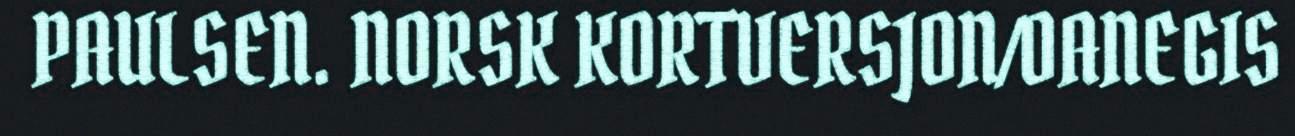
PAULSEN. NORSK KORTVERSJON/OANEGIS